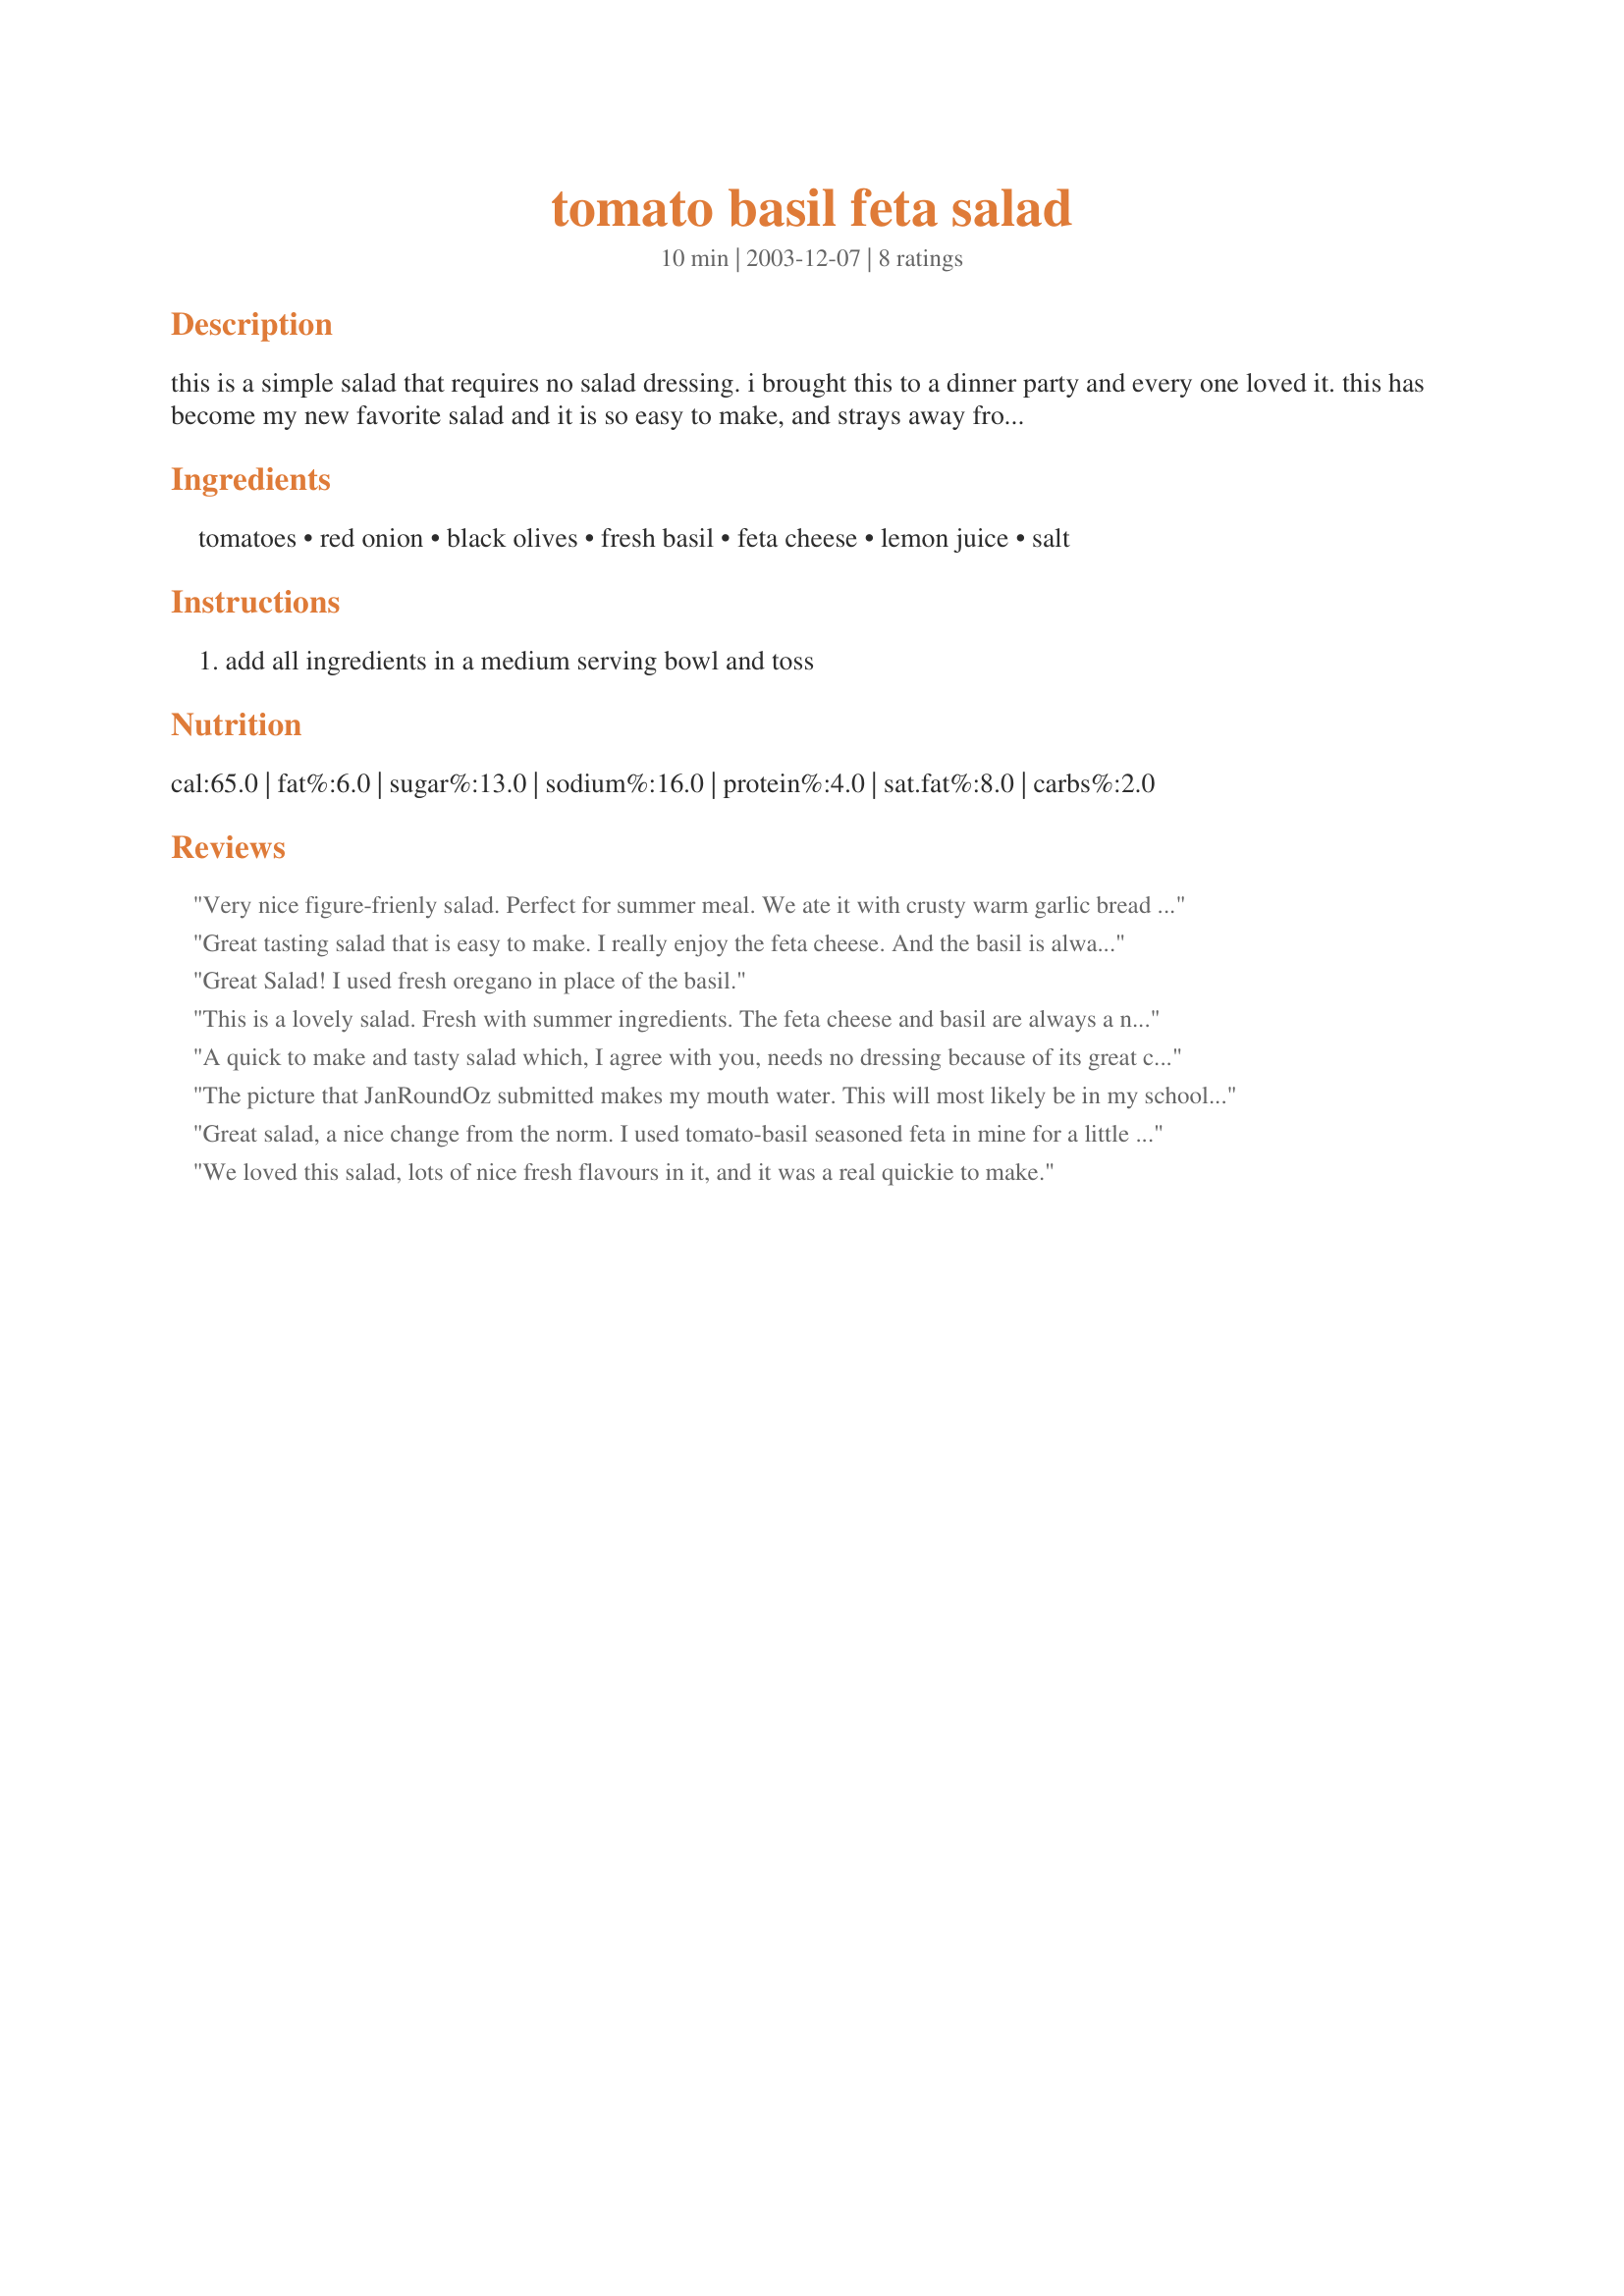
tomato basil feta salad
Preparation time: 10 minutes

this is a simple salad that requires no salad dressing. i brought this to a dinner party and every one loved it. this has become my new favorite salad and it is so easy to make, and strays away from the traditional green salad.

Ingredients:
tomatoes, red onion, black olives, fresh basil, feta cheese, lemon juice, salt

Steps:
add all ingredients in a medium serving bowl and toss

Reviews:
Very nice figure-frienly salad. Perfect for summer meal. We ate it with crusty warm garlic bread and grilled meat. Thank you.
Great tasting salad that is easy to make. I really enjoy the feta cheese. And the basil is always a refreshing addation to any salad. I prepared this for Christmas dinner this year. Casie, thank you for sharing this recipe.
Great Salad! I used fresh oregano in place of the basil.

This is a lovely salad. Fresh with summer ingredients. The feta cheese and basil are always a nice flavor combination, and the lemon juice gives them a boost of freshness. I used Black Pepper feta and it was a nice cheese to try in this salad. Thanks so much for posting a lovely recipe.
A quick to make and tasty salad which, I agree with you, needs no dressing because of its great combination of delicious ingredients, all of which I love. I made this for the Healthy for the Holidays Challenge, so I was also very impressed by how low it is in calories and fat. It’s a salad I’ll be making again, for easy take-to-work lunches and as a side dish to recipes that are perhaps a little higher than I'd like in calories and fat! Thanks for sharing this recipe, Casie!
The picture that JanRoundOz submitted makes my mouth water. This will most likely be in my school lunch with an ice block often. Surprisingly low fat!
Great salad, a nice change from the norm. I used tomato-basil seasoned feta in mine for a little extra something. Next time I'm going to use a little more feta, and substitute kalamata olives for the canned ones.
We loved this salad, lots of nice fresh flavours in it, and it was a real quickie to make.
